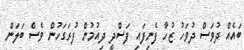
ބައެއް ދުވަސް ދުވަހު ޒުހާ ފެނިފައި ފަސްދީ ދިއުމުން ފުރަގަހުން ވެސް ބަލަން